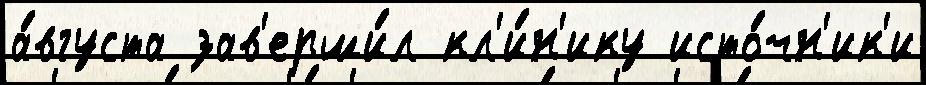
а́вгуста зав'ерши́л кл'и́н'ику исто́чн'ик'и